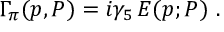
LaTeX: \Gamma _ { \pi } ( p , P ) = i \gamma _ { 5 } \, E ( p ; P ) ~ .